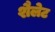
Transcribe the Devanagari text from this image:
शैलेट